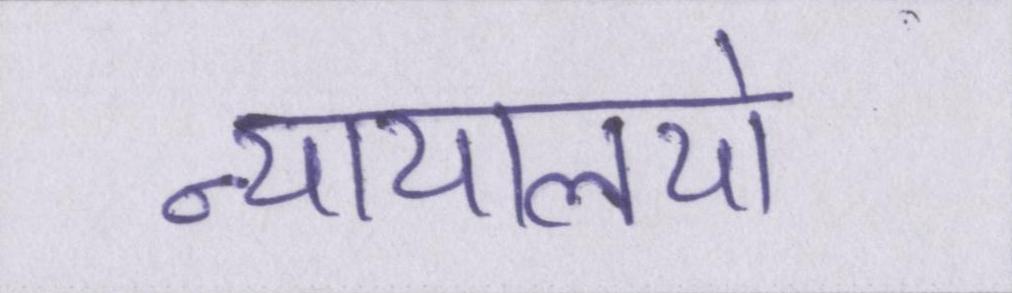
न्यायालयो